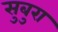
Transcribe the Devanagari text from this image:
सुबुरा